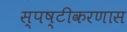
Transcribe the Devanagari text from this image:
स्पष्टीकरणास